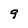
Character: 9